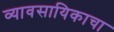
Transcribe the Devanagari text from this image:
व्यावसायिकाचा